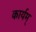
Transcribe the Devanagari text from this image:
कार्यम्